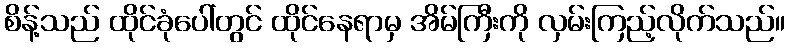
စိန့်သည် ထိုင်ခုံပေါ်တွင် ထိုင်နေရာမှ အိမ်ကြီးကို လှမ်းကြည့်လိုက်သည်။